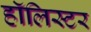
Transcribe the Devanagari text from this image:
हॉलिस्टर